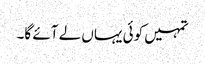
تمہیں کوئی یہاں لے آئے گا۔